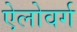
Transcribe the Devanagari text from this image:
ऐलोवर्ग